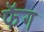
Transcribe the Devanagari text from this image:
फॅग